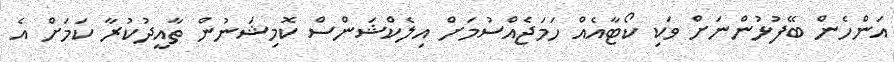
އަންހެން ބޭފުޅުންނަށް ވަކި ކޯޓާއެއް ހަމަޖެއްސުމަށް އިލެކްޝަންސް ކޮމިޝަނުން ތާއީދުކުރާ ކަމަށް އެ